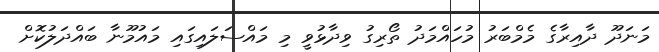
މަނަދޫ ދާއިރާގެ މެމްބަރު މުހައްމަދު ތޯރިގު ވިދާޅުވީ މި މައްސަލައިގައި މައުމޫނާ ބައްދަލުކޮށް